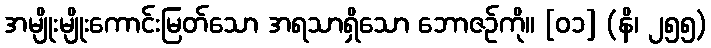
အမျိုးမျိုးကောင်းမြတ်သော အရသာရှိသော ဘောဇဉ်ကို။ [၀၁] (နိ၊ ၂၅၅)